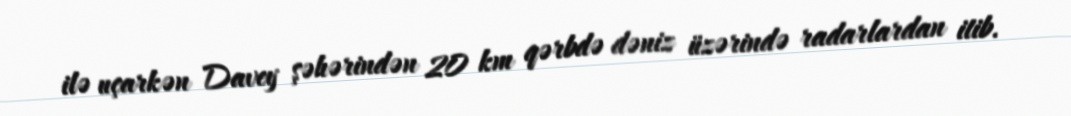
ilə uçarkən Davey şəhərindən 20 km qərbdə dəniz üzərində radarlardan itib.